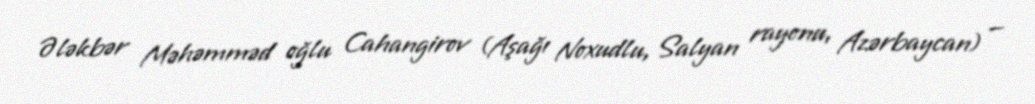
Ələkbər Məhəmməd oğlu Cahangirov (Aşağı Noxudlu, Salyan rayonu, Azərbaycan) —